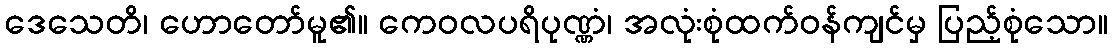
ဒေသေတိ၊ ဟောတော်မူ၏။ ကေဝလပရိပုဏ္ဏံ၊ အလုံးစုံထက်ဝန်ကျင်မှ ပြည့်စုံသော။